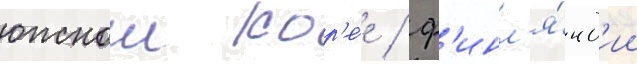
южнои кор'е́е / ф'инл'я́нд'ии